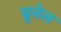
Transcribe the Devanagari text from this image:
ब्रुनेल